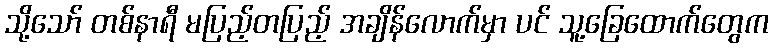
သို့သော် တစ်နာရီ မပြည့်တပြည့် အချိန်လောက်မှာ ပင် သူ့ခြေထောက်တွေက